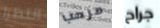
انتظرا مرحب جراح